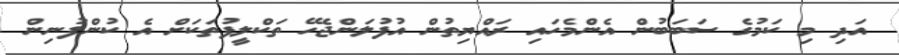
އަދި މި ކަމުގެ ސަބަބުން އެންމެހައި ރައްޔިތުން އުފުލަންޖެހޭ ތަކްލީފުތަކަށް އެ ކުންފުނިން